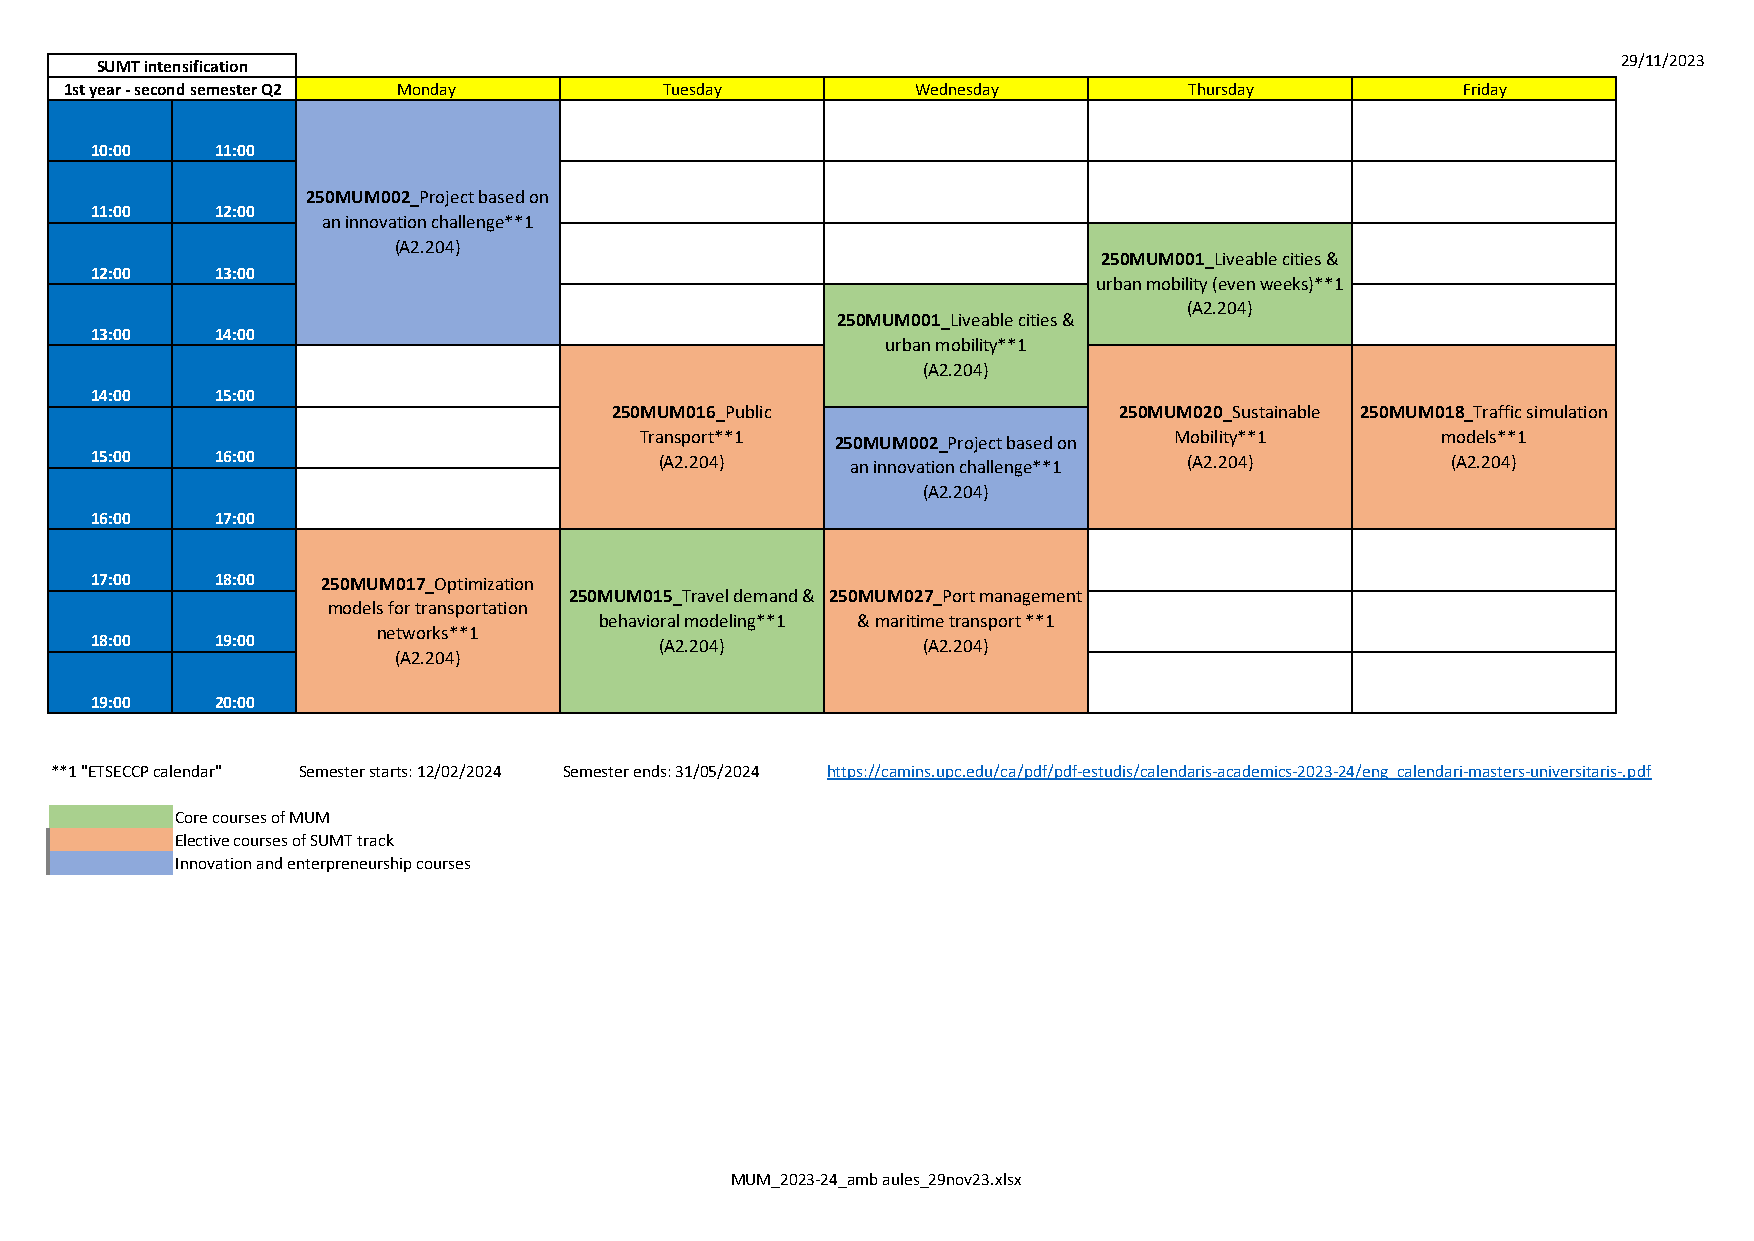
29/11/2023
 SUMT intensification
 1st year - second semester Q2 Monday    Tuesday          Wednesday         Thursday          Friday
 10:00   11:00
 250MUM002_Project based on
 11:00   12:00
 an innovation challenge**1
 (A2.204)
 250MUM001_Liveable cities &
 12:00   13:00
 urban mobility (even weeks)**1
 (A2.204)
 250MUM001_Liveable cities &
 13:00   14:00
 urban mobility**1
 (A2.204)
 14:00   15:00
 250MUM016_Public                  250MUM020_Sustainable 250MUM018_Traffic simulation
 Transport**1 250MUM002_Project based on Mobility**1  models**1
 15:00   16:00                         (A2.204)    an innovation challenge**1 (A2.204)     (A2.204)
 (A2.204)
 16:00   17:00
 17:00   18:00  250MUM017_Optimization
 250MUM015_Travel demand & 250MUM027_Port management
 models for transportation
 behavioral modeling**1 & maritime transport **1
 networks**1
 18:00   19:00                         (A2.204)         (A2.204)
 (A2.204)
 19:00   20:00
 **1 "ETSECCP calendar" Semester starts: 12/02/2024 Semester ends: 31/05/2024 https://camins.upc.edu/ca/pdf/pdf-estudis/calendaris-academics-2023-24/eng_calendari-masters-universitaris-.pdf
 Core courses of MUM
 Elective courses of SUMT track
 Innovation and enterpreneurship courses
 MUM_2023-24_amb aules_29nov23.xlsx